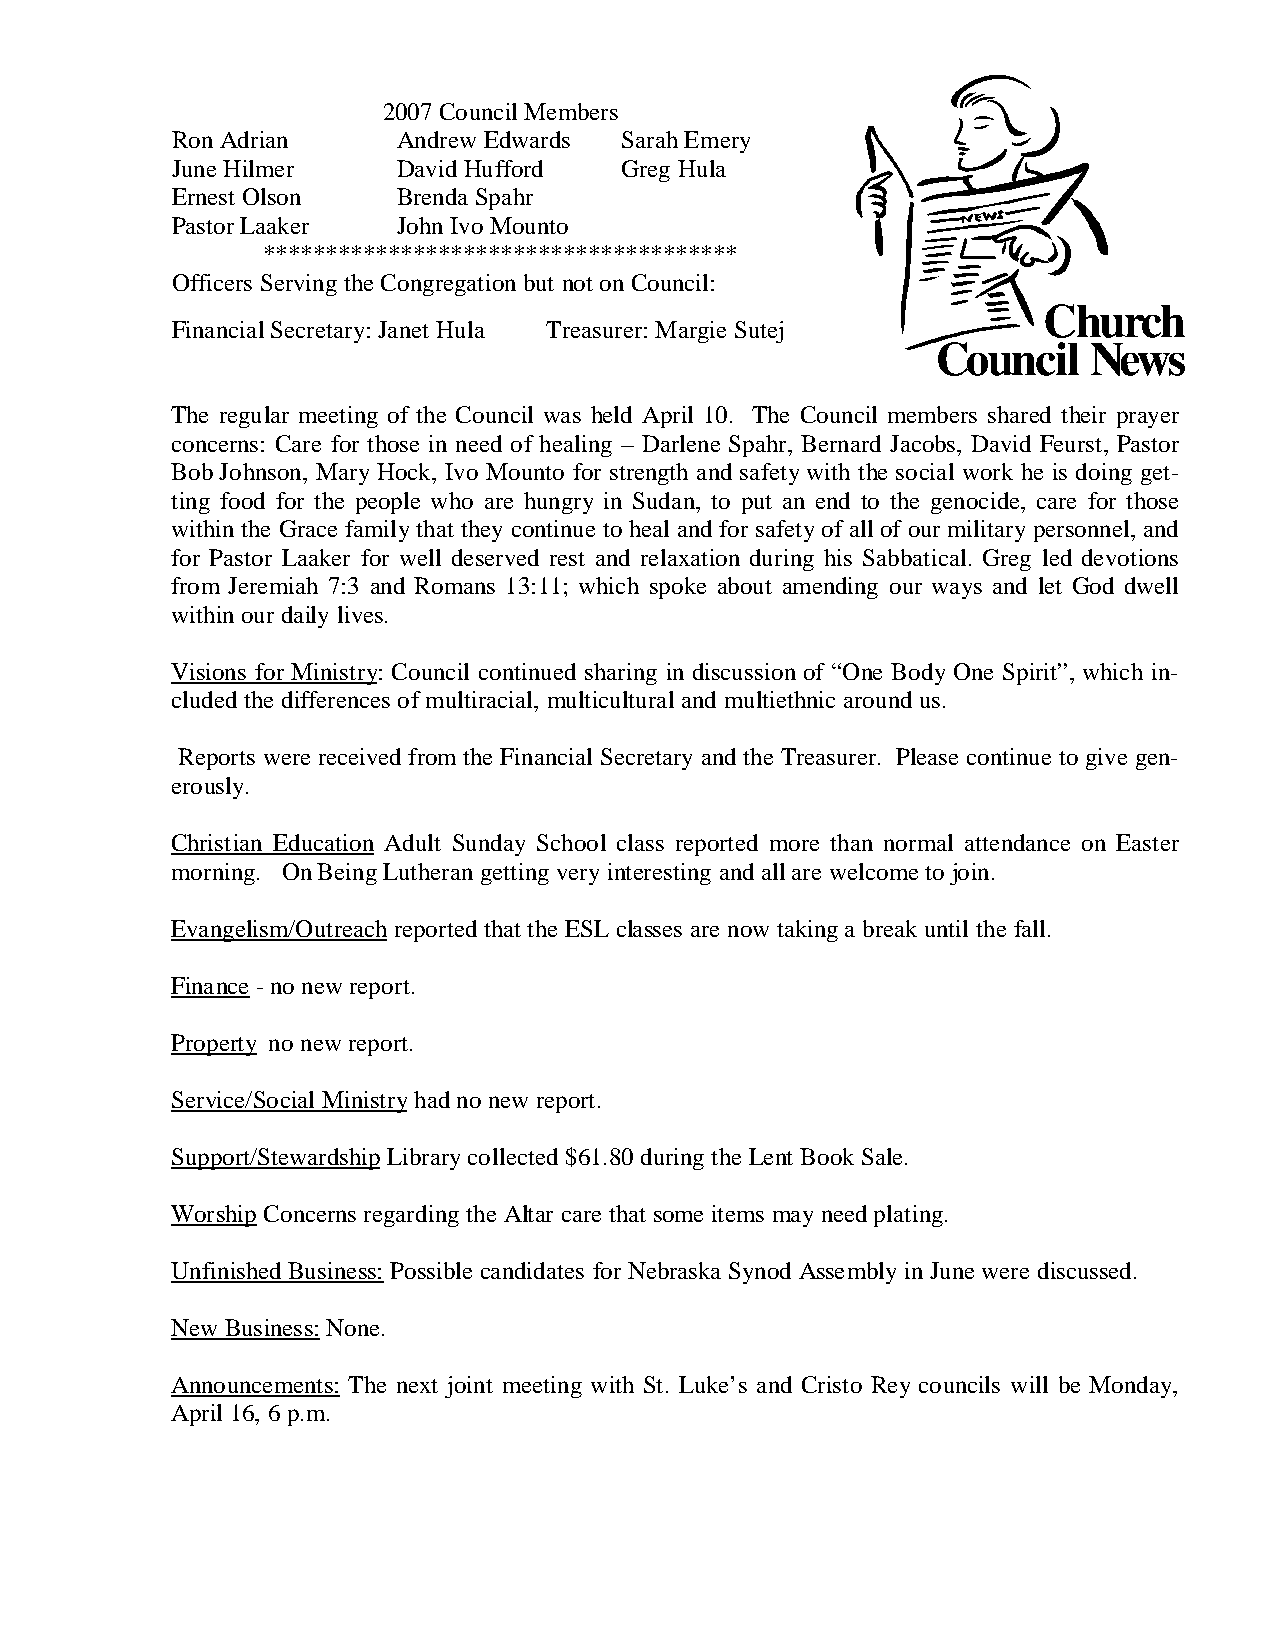
2007 Council Members
 Ron Adrian     Andrew Edwards Sarah Emery
 June Hilmer    David Hufford  Greg Hula
 Ernest Olson   Brenda Spahr
 Pastor Laaker  John Ivo Mounto
 **************************************
 Officers Serving the Congregation but not on Council:
 Financial Secretary: Janet Hula Treasurer: Margie Sutej
 The regular meeting of the Council was held April 10. The Council members shared their prayer
 concerns: Care for those in need of healing – Darlene Spahr, Bernard Jacobs, David Feurst, Pastor
 Bob Johnson, Mary Hock, Ivo Mounto for strength and safety with the social work he is doing get-
 ting food for the people who are hungry in Sudan, to put an end to the genocide, care for those
 within the Grace family that they continue to heal and for safety of all of our military personnel, and
 for Pastor Laaker for well deserved rest and relaxation during his Sabbatical. Greg led devotions
 from Jeremiah 7:3 and Romans 13:11; which spoke about amending our ways and let God dwell
 within our daily lives.
 Visions for Ministry: Council continued sharing in discussion of “One Body One Spirit”, which in-
 cluded the differences of multiracial, multicultural and multiethnic around us.
 Reports were received from the Financial Secretary and the Treasurer. Please continue to give gen-
 erously.
 Christian Education Adult Sunday School class reported more than normal attendance on Easter
 morning. On Being Lutheran getting very interesting and all are welcome to join.
 Evangelism/Outreach reported that the ESL classes are now taking a break until the fall.
 Finance - no new report.
 Property no new report.
 Service/Social Ministry had no new report.
 Support/Stewardship Library collected $61.80 during the Lent Book Sale.
 Worship Concerns regarding the Altar care that some items may need plating.
 Unfinished Business: Possible candidates for Nebraska Synod Assembly in June were discussed.
 New Business: None.
 Announcements: The next joint meeting with St. Luke’s and Cristo Rey councils will be Monday,
 April 16, 6 p.m.